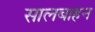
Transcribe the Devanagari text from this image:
सालबाहन